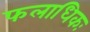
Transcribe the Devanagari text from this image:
फलाधिकः